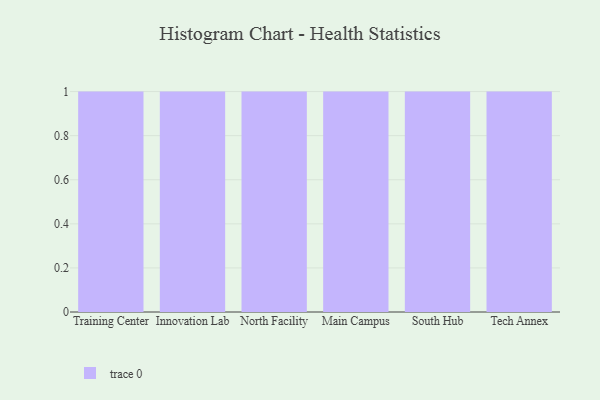
{"axis": {"x": "Campus", "y": "Demand Index"}, "legend": [""], "data": [{"x": "Training Center", "y": 56, "type": ""}, {"x": "Innovation Lab", "y": 39, "type": ""}, {"x": "North Facility", "y": 100, "type": ""}, {"x": "Main Campus", "y": 80, "type": ""}, {"x": "South Hub", "y": 88, "type": ""}, {"x": "Tech Annex", "y": 72, "type": ""}]}